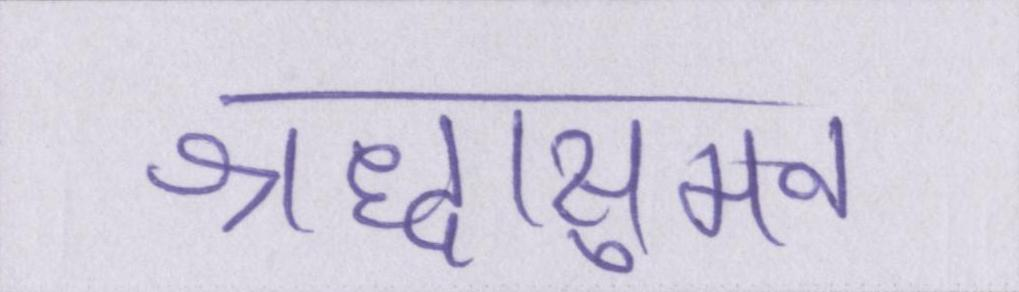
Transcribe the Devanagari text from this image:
श्रद्धासुमन